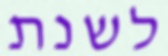
לשנת